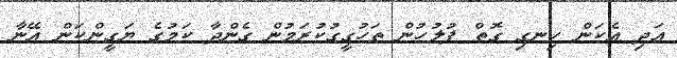
އަދި އެކަން ހިނގި ގޮތް ފުލުހުން ތަހުގީގުކުރަމުން ގެންދާ ކަމުގެ ޔަގީންކަން އޭނާ